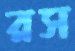
রস